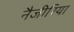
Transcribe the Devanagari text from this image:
नैजीरिया